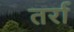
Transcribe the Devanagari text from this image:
तर्रा